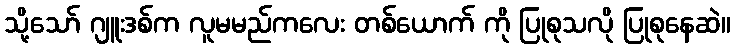
သို့သော် ဂျူးဒစ်က လူမမည်ကလေး တစ်ယောက် ကို ပြုစုသလို ပြုစုနေဆဲ။